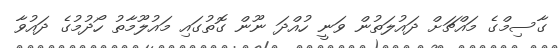
ގާސިމްގެ މައްޗަށް ދައުލަތުން ވަނީ ހުއްދަ ނޫން ގޮތުގައި މައުލޫމާތު ހޯދުމުގެ ދައުވާ